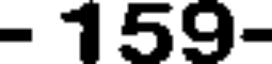
- 159-